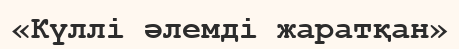
«Күллі әлемді жаратқан»